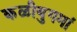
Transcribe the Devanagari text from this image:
कळीयुगमां